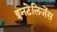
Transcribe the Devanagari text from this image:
इनटेलिजेंस